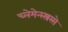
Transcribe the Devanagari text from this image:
च्लेमेन्स्स्त्रस्से